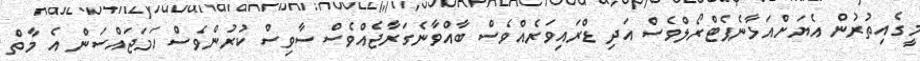
މީގެއިތުރުން އެޔަށްއަޅާނެޕެޓްރޯލްވެސް އަދި ޑްރައިވަރެއްވެސް ބާއްވާނެގަރާޖެއްވެސް ސާވިސް ކުރުންވެސް ހަމަޖައްސަން އެ މާތް